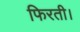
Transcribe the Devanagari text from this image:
फिरती।